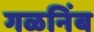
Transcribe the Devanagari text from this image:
गळनिंब